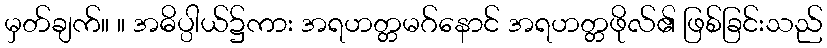
မှတ်ချက်။ ။ အဓိပ္ပါယ်၌ကား အရဟတ္တမဂ်နောင် အရဟတ္တဖိုလ်၏ ဖြစ်ခြင်းသည်